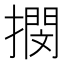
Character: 𢵢